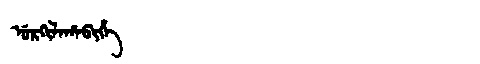
Manchu: ᡠᡵᡴᡳᠯᠠᡥᠠᠪᡳᡥᡝ
Romanization: URKILAHABIHE